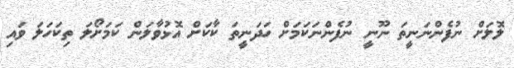
ލޮލަށް ނުފެންނަނީތަ ނޫނީ ނުފެންނަކަމަށް ހަދަނީތަ ކާކަށް އޮޅުވާލަން ކަމަށޯލަ ތިކަހަލަ ވައި